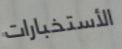
الأستخبارات